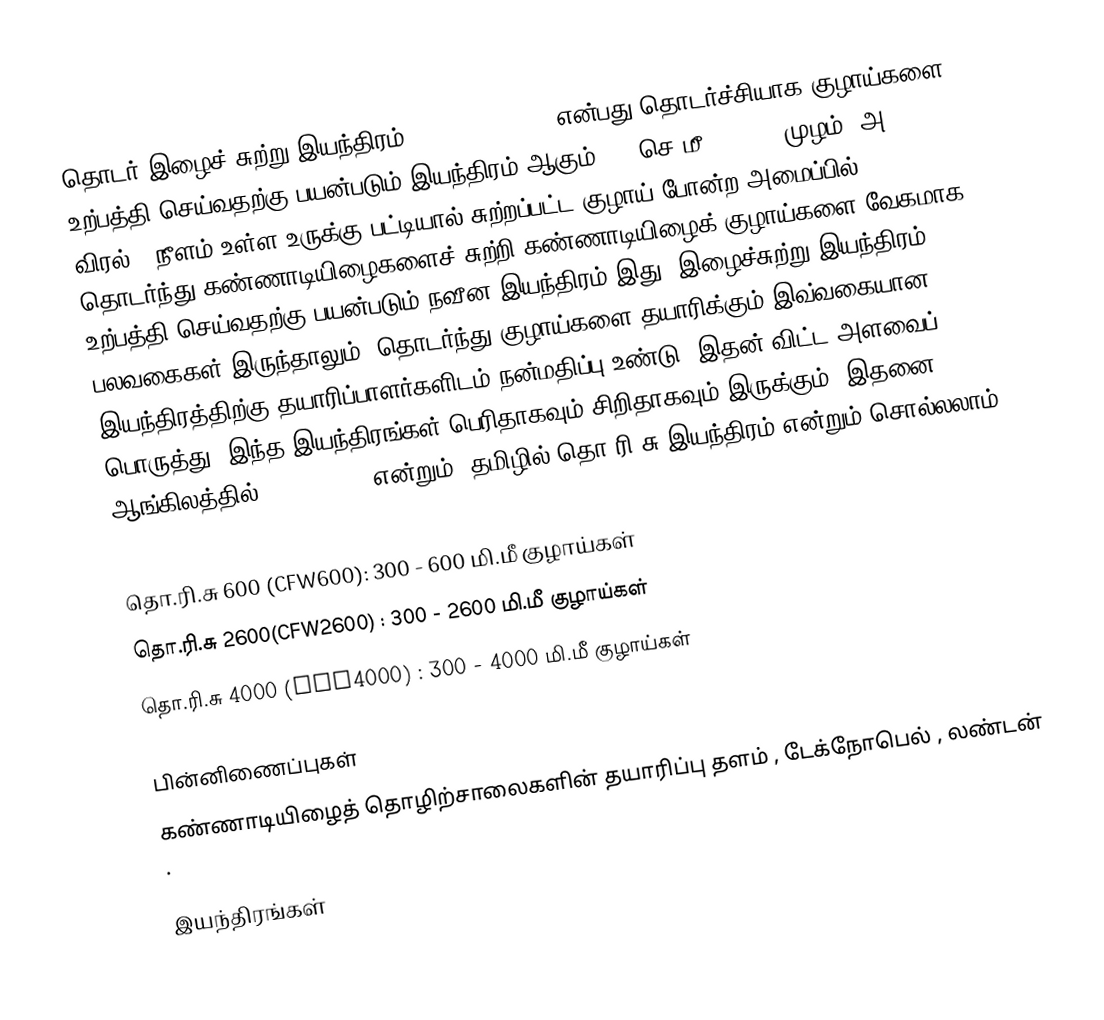
தொடர் இழைச் சுற்று இயந்திரம் ( CFW Machine ) என்பது தொடர்ச்சியாக குழாய்களை உற்பத்தி செய்வதற்கு பயன்படும் இயந்திரம் ஆகும் . 4 செ.மீ ( 0.087 முழம் (அ) 2.09 விரல் ) நீளம் உள்ள உருக்கு பட்டியால் சுற்றப்பட்ட குழாய் போன்ற அமைப்பில் தொடர்ந்து கண்ணாடியிழைகளைச் சுற்றி கண்ணாடியிழைக் குழாய்களை வேகமாக உற்பத்தி செய்வதற்கு பயன்படும் நவீன இயந்திரம் இது. இழைச்சுற்று இயந்திரம் பலவகைகள் இருந்தாலும், தொடர்ந்து குழாய்களை தயாரிக்கும் இவ்வகையான இயந்திரத்திற்கு தயாரிப்பாளர்களிடம் நன்மதிப்பு உண்டு. இதன் விட்ட அளவைப் பொருத்து, இந்த இயந்திரங்கள் பெரிதாகவும் சிறிதாகவும் இருக்கும். இதனை ஆங்கிலத்தில் CFW Machine என்றும், தமிழில் தொ.ரி.சு இயந்திரம் என்றும் சொல்லலாம் .

 தொ.ரி.சு 600 (CFW600): 300 - 600 மி.மீ குழாய்கள்
 தொ.ரி.சு 2600(CFW2600) : 300 - 2600 மி.மீ குழாய்கள்
 தொ.ரி.சு 4000 (CFW4000) : 300 - 4000 மி.மீ குழாய்கள்

பின்னிணைப்புகள்
 கண்ணாடியிழைத் தொழிற்சாலைகளின் தயாரிப்பு தளம் , டேக்நோபெல் , லண்டன் .

இயந்திரங்கள்